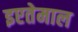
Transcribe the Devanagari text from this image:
इएतेमाल